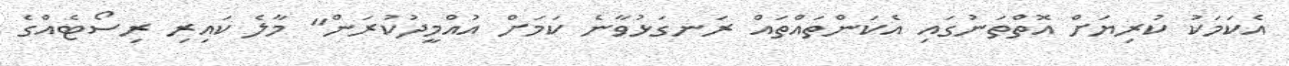
އެކަމަކު ކުރިޔަށް އޮތްތަނުގައި އެކަންތައްތައް ރަނގަޅުވާނެ ކަމަށް އުއްމީދުކުރަން" މާލެ ކައިރި ރިސޯޓެއްގެ